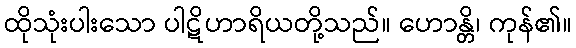
ထိုသုံးပါးသော ပါဋိဟာရိယတို့သည်။ ဟောန္တိ၊ ကုန်၏။